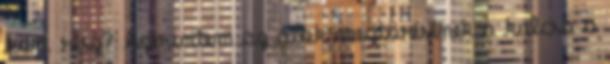
köv. rész? Szerintem az átok megtörésének a kulcsa a